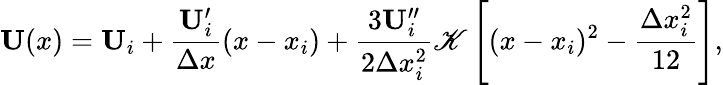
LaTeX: \mathbf{U}(x)=\mathbf{U}_{i}+\frac{\mathbf{U}_{i}^{\prime}}{\Delta x}(x-x_{i})+\frac{3\mathbf{U}_{i}^{\prime\prime}}{2\Delta x_{i}^{2}}\mathscr{K}\left[(x-x_{i})^{2}-\frac{\Delta x_{i}^{2}}{12}\right],